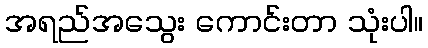
အရည်အသွေး ကောင်းတာ သုံးပါ။